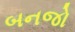
બનજો